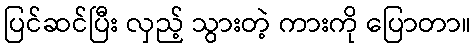
ပြင်ဆင်ပြီး လှည့် သွားတဲ့ ကားကို ပြောတာ။